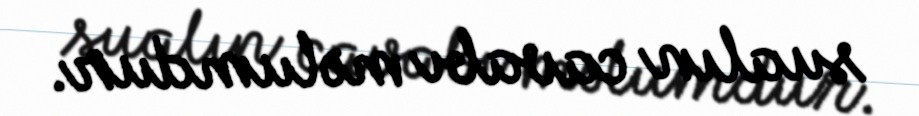
sualın cavabı məlumdur.